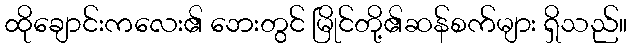
ထိုချောင်းကလေး၏ ဘေးတွင် မြိုင်တို့၏ဆန်စက်များ ရှိသည်။